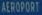
AÉROPORT